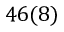
4 6 ( 8 )